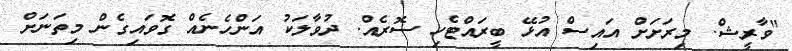
"ވާރީޝް. މިރަށަށް އައިސް އުޅޭ ބީރައްޓެހި ސޮރެއް. ދުވާލަކު އަންހެނެއް ގޮވައިގެން މިތަނަށް